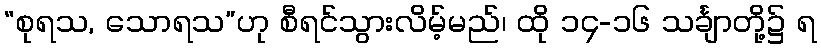
“စုရသ, သောရသ”ဟု စီရင်သွားလိမ့်မည်၊ ထို ၁၄-၁၆ သင်္ချာတို့၌ ရ